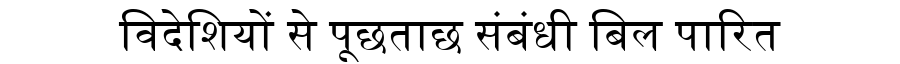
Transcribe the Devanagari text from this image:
विदेशियों से पूछताछ संबंधी बिल पारित